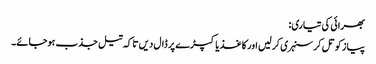
بھرائی کی تیاری:
پیاز کو تل کر سنہری کر لیں اور کاغذ یا کپڑے پر ڈال دیں تا کہ تیل جذب ہوجائے۔